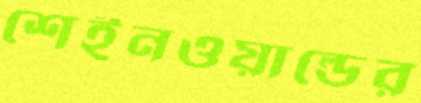
শেইনওয়াল্ডের